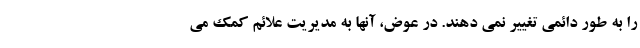
را به طور دائمی تغییر نمی دهند. در عوض، آنها به مدیریت علائم کمک می